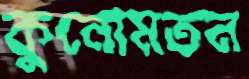
কুনোমতন